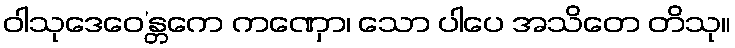
ဝါသုဒေဝေ’န္တကေ ကဏှော၊ သော ပါပေ အသိတေ တိသု။